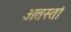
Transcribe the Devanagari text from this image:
अतस्तां